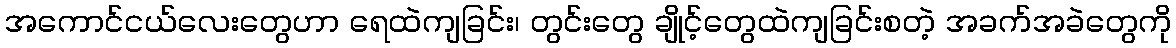
အကောင်ငယ်လေးတွေဟာ ရေထဲကျခြင်း၊ တွင်းတွေ ချိုင့်တွေထဲကျခြင်းစတဲ့ အခက်အခဲတွေကို